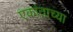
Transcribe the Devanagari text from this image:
एकांताच्या